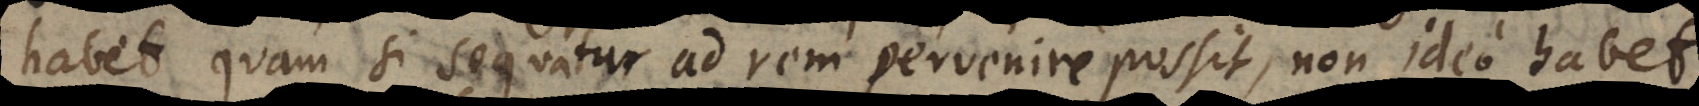
habet quam si sequatur ad rem pervenire possit, non ideo habet